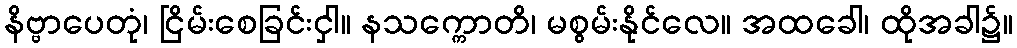
နိဗ္ဗာပေတုံ၊ ငြိမ်းစေခြင်းငှါ။ နသက္ကောတိ၊ မစွမ်းနိုင်လေ။ အထခေါ၊ ထိုအခါ၌။